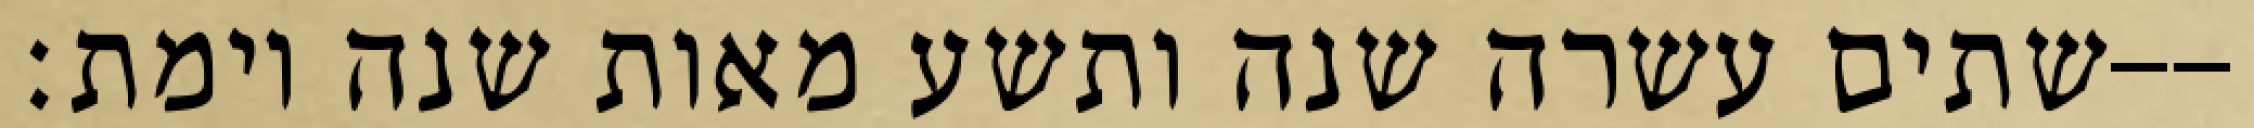
שתים עשרה שנה ותשע מאות שנה וימת׃--